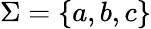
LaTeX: \Sigma=\{ a,b,c\}